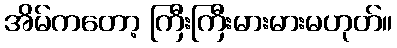
အိမ်ကတော့ ကြီးကြီးမားမားမဟုတ်။